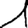
Digit: 1